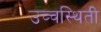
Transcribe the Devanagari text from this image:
उच्चस्थिती